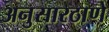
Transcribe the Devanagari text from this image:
अनुसारठाणे